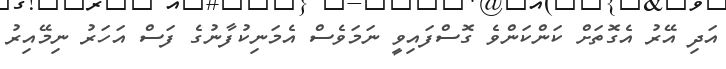
އަދި އޭރު އެގޮތަށް ކަންކަންވެ ގޮސްފައިވީ ނަމަވެސް އެމަނިކުފާނުގެ ފަސް އަހަރު ނިމޭއިރު